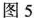
图5